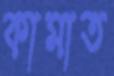
কামাত